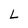
Character: L